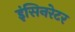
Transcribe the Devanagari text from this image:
इंसिनरेटर